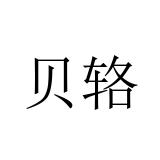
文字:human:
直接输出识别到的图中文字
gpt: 贝辂